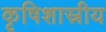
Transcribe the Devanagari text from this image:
कृषिशास्रीय